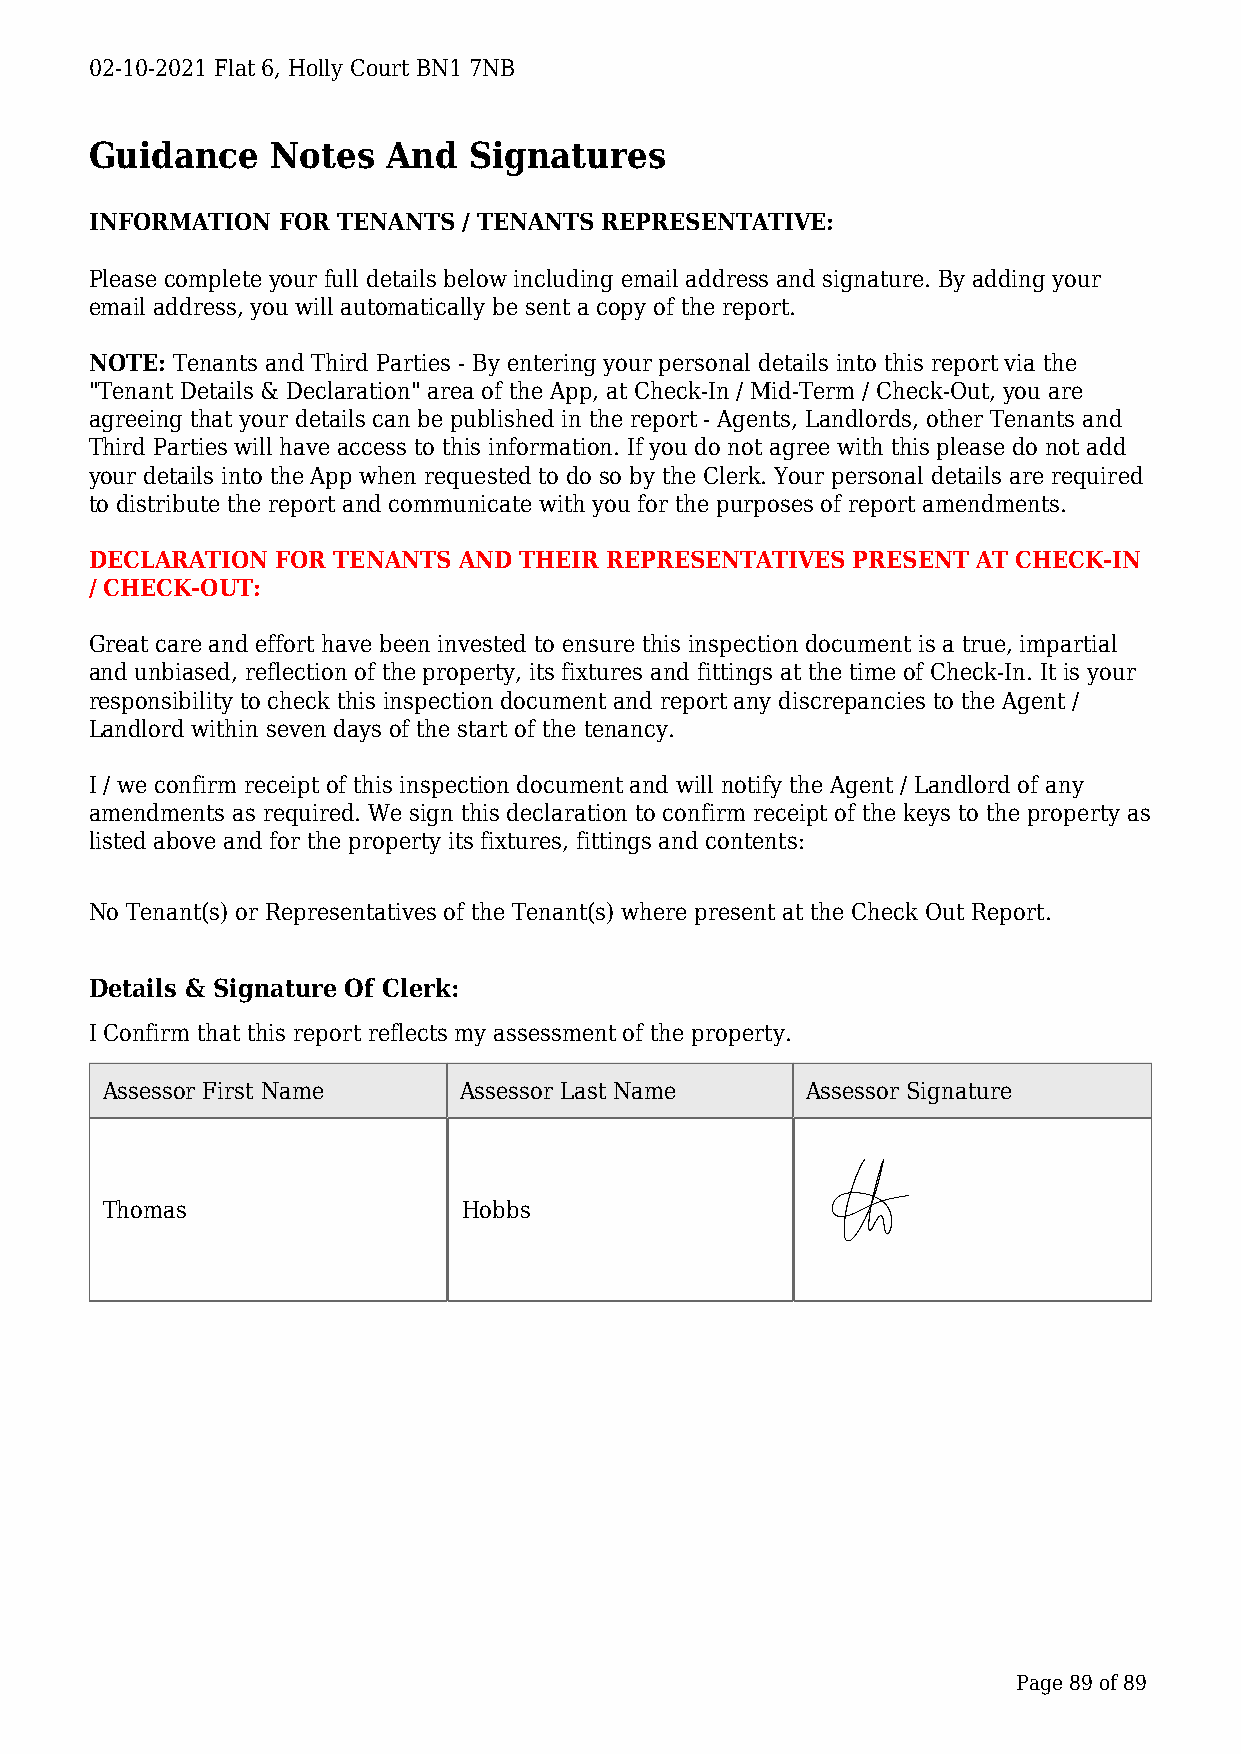
02-10-2021 Flat 6, Holly Court BN1 7NB
 Guidance    Notes   And  Signatures
 INFORMATION FOR TENANTS  / TENANTS REPRESENTATIVE:
 Please complete your full details below including email address and signature. By adding your
 email address, you will automatically be sent a copy of the report.
 NOTE: Tenants and Third Parties - By entering your personal details into this report via the
 "Tenant Details & Declaration" area of the App, at Check-In / Mid-Term / Check-Out, you are
 agreeing that your details can be published in the report - Agents, Landlords, other Tenants and
 Third Parties will have access to this information. If you do not agree with this please do not add
 your details into the App when requested to do so by the Clerk. Your personal details are required
 to distribute the report and communicate with you for the purposes of report amendments.
 DECLARATION FOR TENANTS AND THEIR REPRESENTATIVES PRESENT  AT CHECK-IN
 / CHECK-OUT:
 Great care and effort have been invested to ensure this inspection document is a true, impartial
 and unbiased, reflection of the property, its fixtures and fittings at the time of Check-In. It is your
 responsibility to check this inspection document and report any discrepancies to the Agent /
 Landlord within seven days of the start of the tenancy.
 I / we confirm receipt of this inspection document and will notify the Agent / Landlord of any
 amendments as required. We sign this declaration to confirm receipt of the keys to the property as
 listed above and for the property its fixtures, fittings and contents:
 No Tenant(s) or Representatives of the Tenant(s) where present at the Check Out Report.
 Details & Signature Of Clerk:
 I Confirm that this report reflects my assessment of the property.
 Assessor First Name    Assessor Last Name     Assessor Signature
 Thomas                  Hobbs
 Page 89 of 89